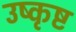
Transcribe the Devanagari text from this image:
उष्कृष्ट